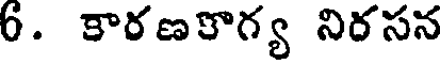
6. కారణకాగ్య నిరసన